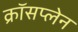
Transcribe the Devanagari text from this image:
क्रॉसप्लेन